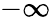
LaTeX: -\infty